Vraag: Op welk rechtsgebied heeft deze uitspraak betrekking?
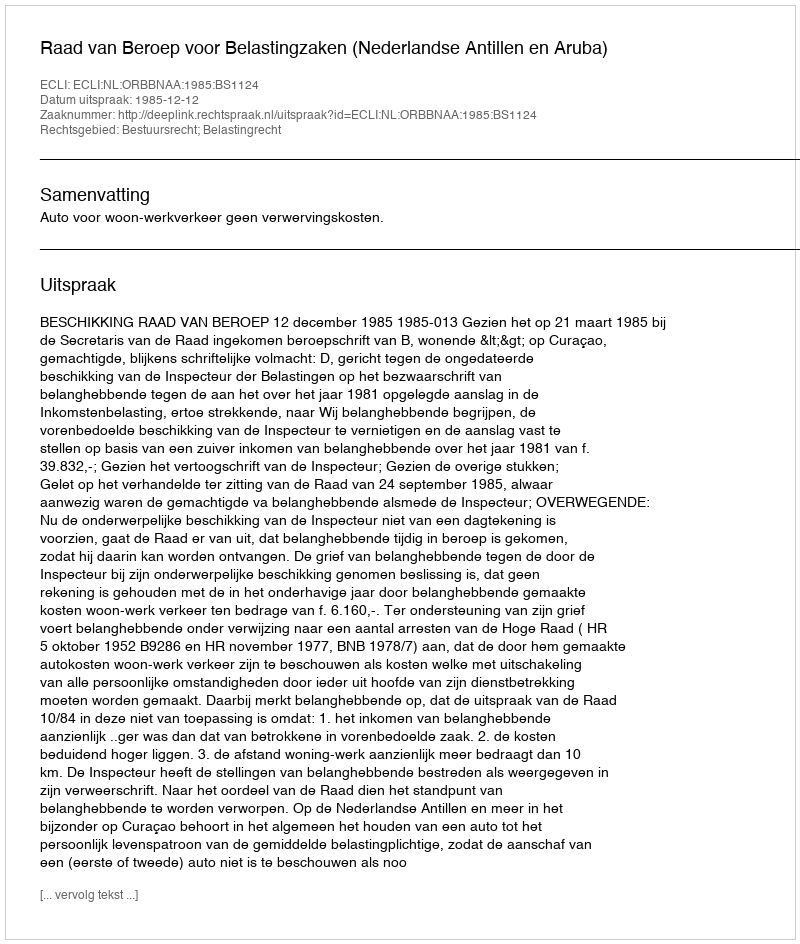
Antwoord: Bestuursrecht; Belastingrecht